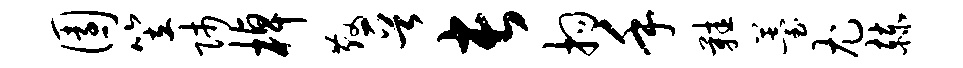
园笠师棹散晋长拘手鞋薹尤赫